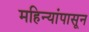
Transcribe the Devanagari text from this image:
महिन्यांपासून